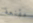
مقنعة